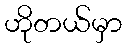
ဟိုတယ်မှာ